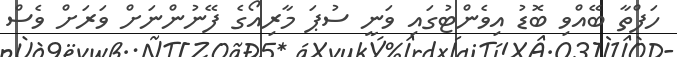
ހަފްތާ ބޭއްވި ބޮޑު އިވެންޓުގައި ވަނީ ސުޕަ މާރިއޯގެ ފޭނުންނަށް ވަރަށް ވެސް